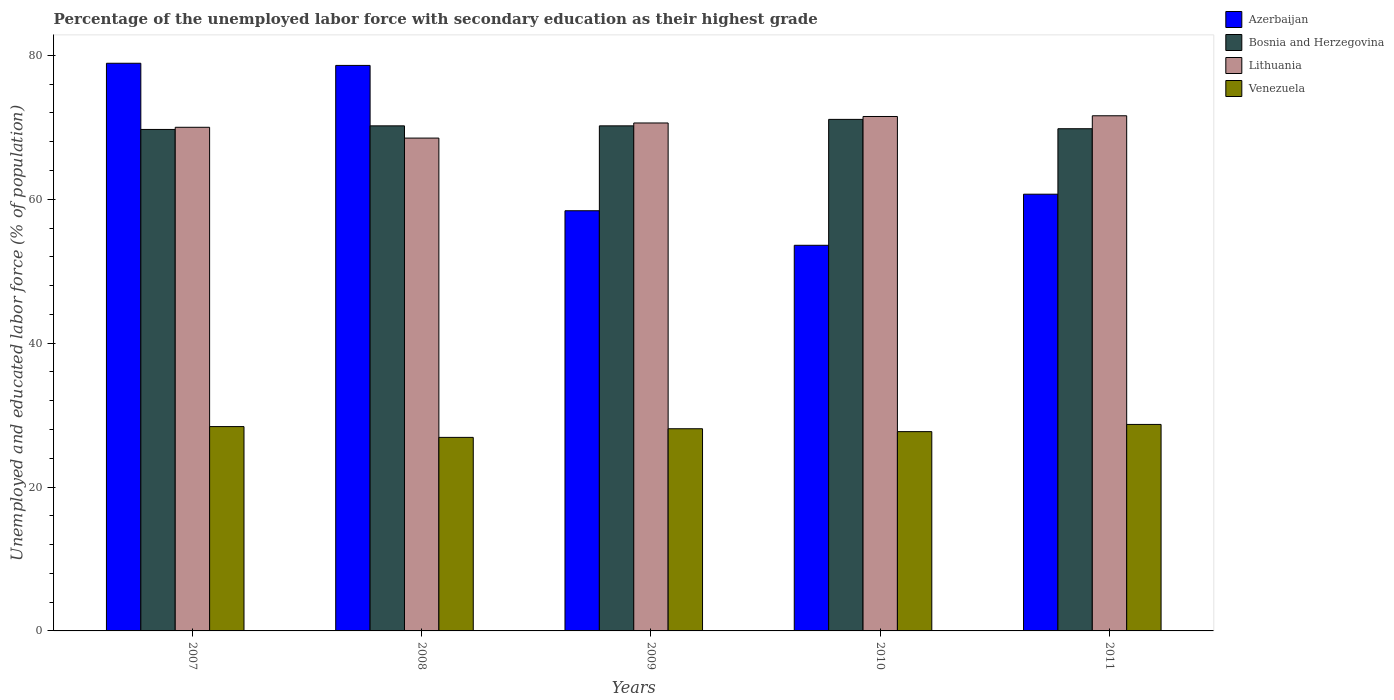
| Years | Azerbaijan | Bosnia and Herzegovina | Lithuania | Venezuela |
 | --- | --- | --- | --- | --- |
 | 2007 | 78.9 | 69.7 | 70 | 28.4 |
 | 2008 | 78.6 | 70.2 | 68.5 | 26.9 |
 | 2009 | 58.4 | 70.2 | 70.6 | 28.1 |
 | 2010 | 53.6 | 71.1 | 71.5 | 27.7 |
 | 2011 | 60.7 | 69.8 | 71.6 | 28.7 |